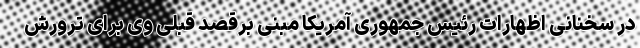
در سخنانی اظهارات رئیس جمهوری آمریکا مبنی برقصد قبلی وی برای ترورش